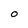
Character: O